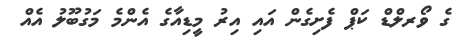
ގެ ވޯރލްޑް ކަޕް ފެށިގެން އައި އިރު މީޑިއާގެ އެންމެ މަގުބޫލު އެއް